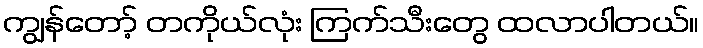
ကျွန်တော့် တကိုယ်လုံး ကြက်သီးတွေ ထလာပါတယ်။